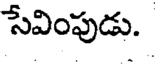
సేవింపుడు.